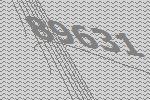
89631